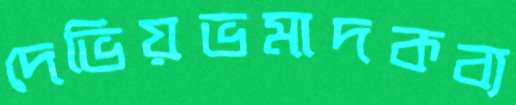
দেভিয়ভমাদকব্য